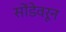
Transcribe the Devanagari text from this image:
सोंडेवरून